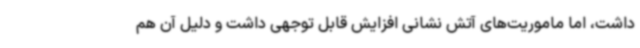
داشت، اما ماموریت‌های آتش نشانی افزایش قابل توجهی داشت و دلیل آن هم